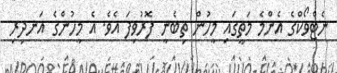
ނެޓްވޯކްގެ އެންމެ މަތީގައި މީހުން ތިބެނީ ފޮރުވިފަ އެވެ. އެ މީހުންގެ އަނދިރި